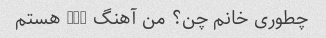
چطوری خانم چن؟ من آهنگ mei هستم